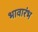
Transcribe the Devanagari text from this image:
भावारंभ